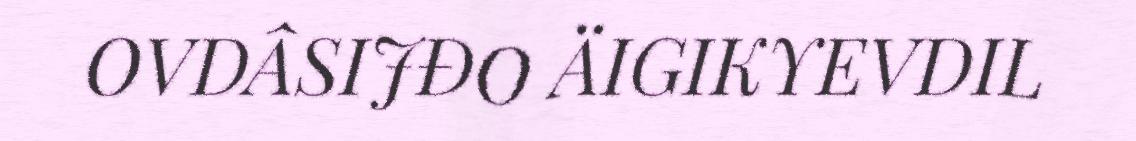
OVDÂSIJĐO ÄIGIKYEVDIL